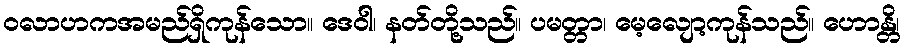
ဝလာဟကအမည်ရှိကုန်သော။ ဒေဝါ၊ နတ်တို့သည်။ ပမတ္တာ၊ မေ့လျော့ကုန်သည်။ ဟောန္တိ၊